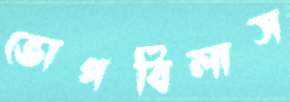
ভোগবিলাস